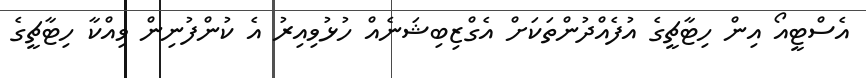
އެސްޓީއޯ އިން ހިޓާޗީގެ އުފެއްދުންތަކަށް އެގްޒިބިޝަނެއް ހުޅުވިއިރު އެ ކުންފުނިން ވިއްކާ ހިޓާޗީގެ